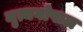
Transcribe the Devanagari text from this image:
नृत्यगोपाल